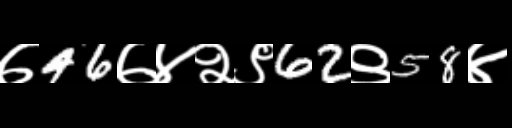
Text: ७46७४२९62९58४